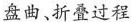
盘曲、折叠过程